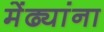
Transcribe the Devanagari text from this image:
मेंढ्यांना